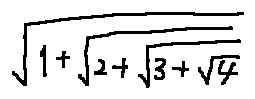
\sqrt { 1 + \sqrt { 2 + \sqrt { 3 + \sqrt { 4 } } } }